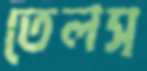
তেলস্